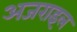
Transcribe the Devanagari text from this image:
अजराइल